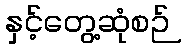
နှင့်တွေ့ဆုံစဉ်